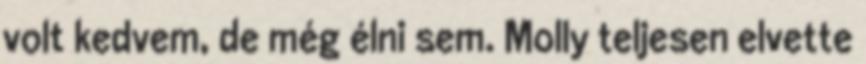
volt kedvem, de még élni sem. Molly teljesen elvette